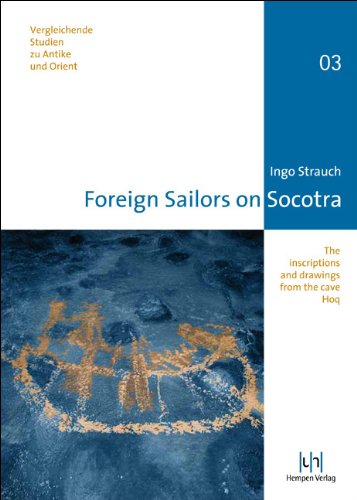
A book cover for Foreign Sailors on Socotra: The inscriptions and drawings from the cave Hoq (Vergleichende Studien Zu Antike Und Orient); Ingo Strauch; History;